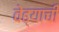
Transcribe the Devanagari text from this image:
वेढ्याची